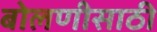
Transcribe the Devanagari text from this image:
बोलणीसाठी